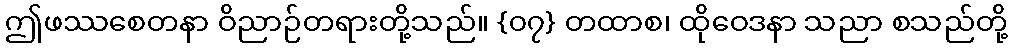
ဤဖဿစေတနာ ဝိညာဉ်တရားတို့သည်။ {၀၇} တထာစ၊ ထိုဝေဒနာ သညာ စသည်တို့